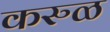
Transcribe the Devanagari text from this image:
करुळ